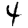
Digit: 4